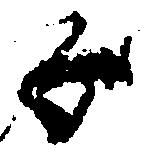
子